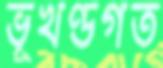
ভূখণ্ডগত